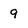
Character: 9